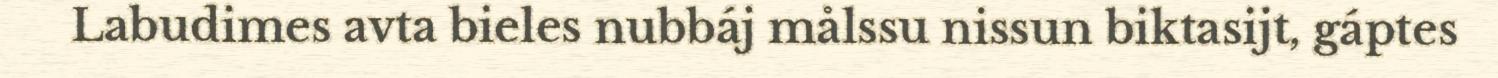
Labudimes avta bieles nubbáj målssu nissun biktasijt, gáptes